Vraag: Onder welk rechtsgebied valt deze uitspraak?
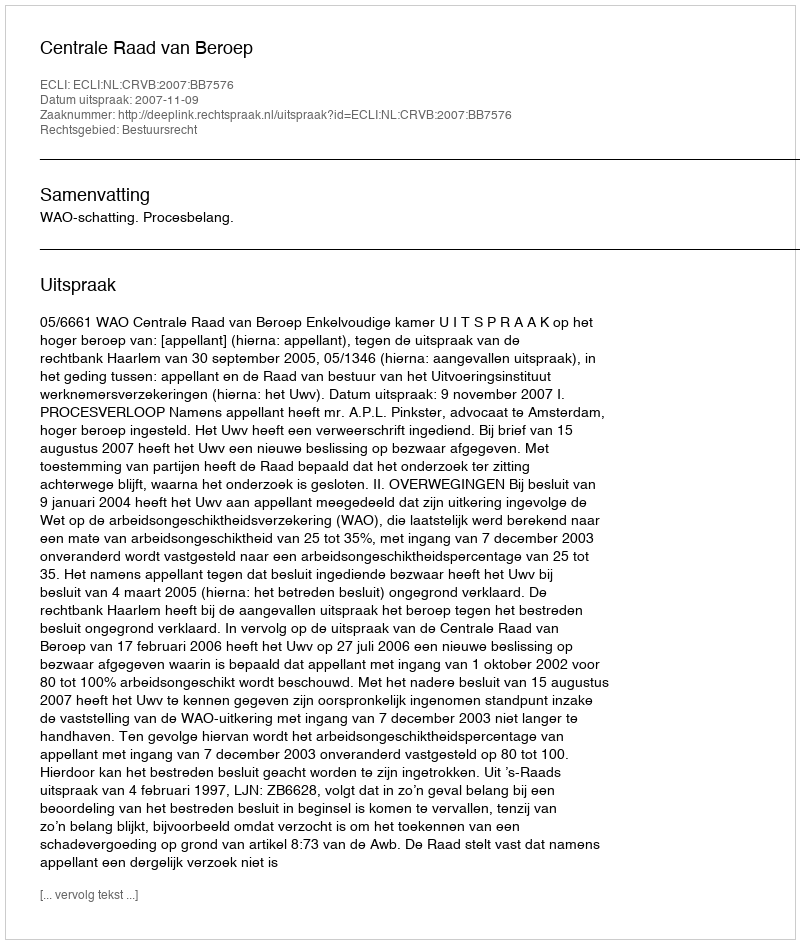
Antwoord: Bestuursrecht